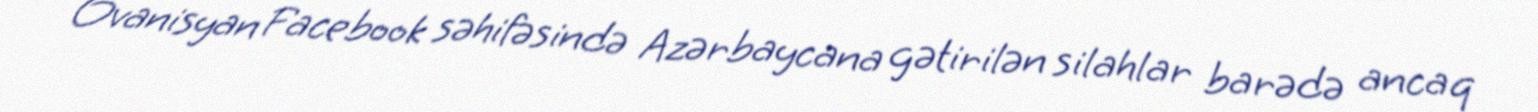
Ovanisyan Facebook səhifəsində Azərbaycana gətirilən silahlar barədə ancaq